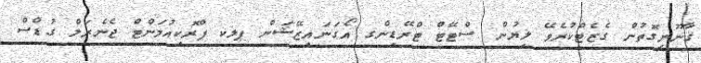
ޤާނޫނީގޮތުން ގެޒެޓްކުރެވޭ ލިޔުން ސްޓޭޓް ޓްރޭޑިންގ އޯގަނައިޒޭޝަން ޕލކ ޕްރޮކިއުމަންޓް ޖެނެރަލް ގުޑްސް